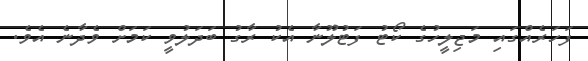
ފަހަރެއްގައި މަޖިލީހުގެ ކޯޓު ފަޓުލޫނާ އެކު ރާގު ބަދަލުވީ ކަމަށް ވެދާނެ އެވެ.